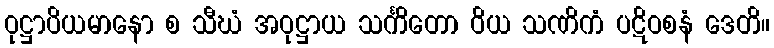
ဝုဋ္ဌာပိယမာနော စ သီဃံ အဝုဋ္ဌာယ သင်္ကိတော ဝိယ သဏိကံ ပဋိဝစနံ ဒေတိ။